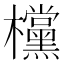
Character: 欓